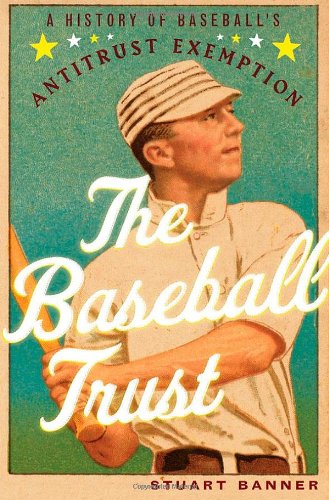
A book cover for The Baseball Trust: A History of Baseball's Antitrust Exemption; Stuart Banner; Law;